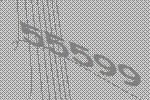
55599